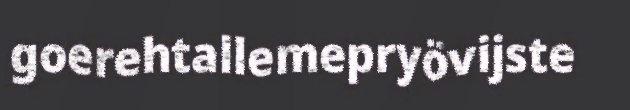
goerehtallemepryövijste